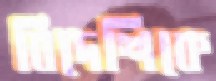
বিদেশিকে